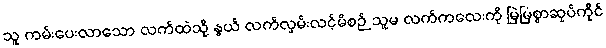
သူ ကမ်းပေးလာသော လက်ထဲသို့ နွယ် လက်လှမ်းလင့်မိစဉ် သူမ လက်ကလေးကို မြဲမြံစွာဆုပ်ကိုင်